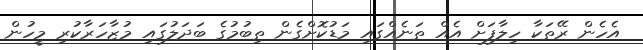
އެހެން ރޭތަކާ ހިލާފަށް އެއް ތަނެއްގައި މަޑުކޮށްގެން ތިބުމުގެ ބަދަލުގައި މުޒާހަރާކުރި މީހުން